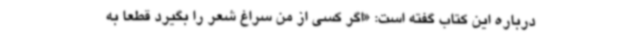
درباره این کتاب گفته است: «اگر کسی از من سراغ شعر را بگیرد قطعاً به